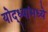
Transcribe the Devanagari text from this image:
योद्ध्यांमध्ये